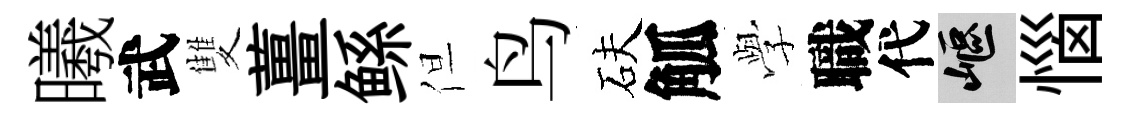
曦武雙薑鲧但鸟砆觚𫝯職代嶇惱